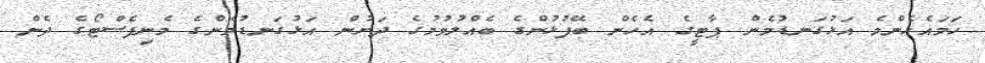
ހަމައެހެންމެ އަޅުގަނޑުމެން ޕާޓީގެ އެހެން ބޭފުޅުންގެ ބެއްލުވުމުގެ ދަށުން އަޅުގަނޑުމެންގެ މެނިފެސްޓޯގެ ދެން